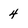
Character: 4